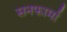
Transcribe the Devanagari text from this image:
सनफार्मा